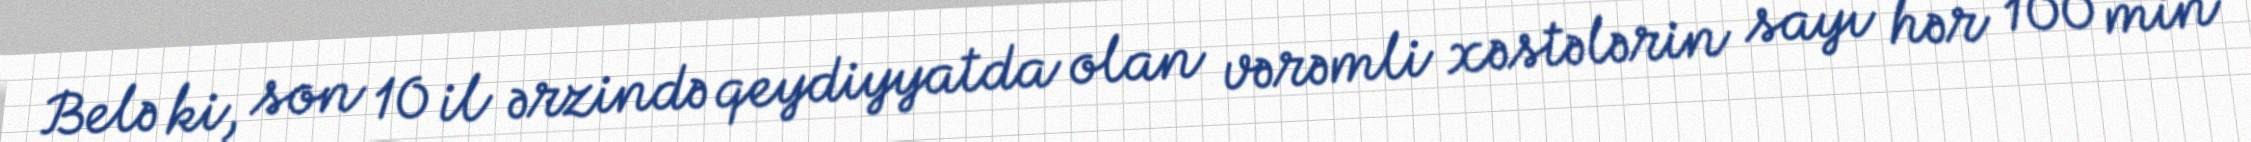
Belə ki, son 10 il ərzində qeydiyyatda olan vərəmli xəstələrin sayı hər 100 min